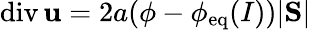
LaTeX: \mathrm{div}\, {\mathbf u}=2a(\phi-\phi_{\mathrm{eq}}(I))|\mathrm{\mathbf S}|